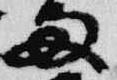
両